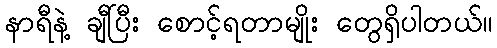
နာရီနဲ့ ချီပြီး စောင့်ရတာမျိုး တွေရှိပါတယ်။